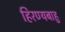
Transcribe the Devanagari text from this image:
हिरण्यबाहु